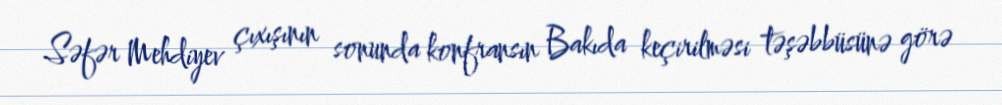
Səfər Mehdiyev çıxışının sonunda konfransın Bakıda keçirilməsi təşəbbüsünə görə